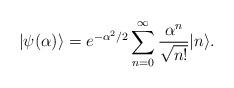
LaTeX: \begin{align*}|\psi(\alpha)\rangle=e^{-\alpha^2/2}\sum_{n=0}^\infty{\alpha^n\over\sqrt{n!}} |n\rangle. \end{align*}